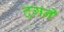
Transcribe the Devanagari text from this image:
दगने